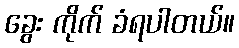
ခွေး ကိုက် ခံရပါတယ်။